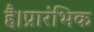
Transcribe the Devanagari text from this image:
है।प्रारंभिक